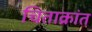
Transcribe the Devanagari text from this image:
चिताक्रांत